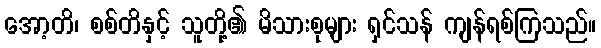
အော့တိ၊ စစ်တိနှင့် သူတို့၏ မိသားစုများ ရှင်သန် ကျန်ရစ်ကြသည်။